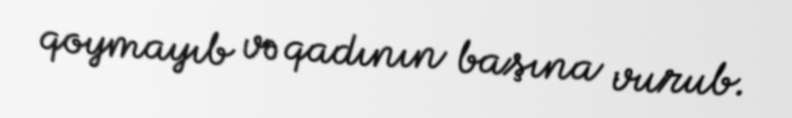
qoymayıb və qadının başına vurub.